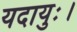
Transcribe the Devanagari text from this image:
यदायुः।